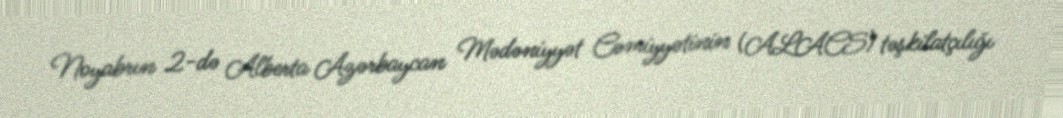
Noyabrın 2-də Alberta Azərbaycan Mədəniyyət Cəmiyyətinin (ALACS) təşkilatçılığı